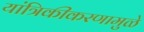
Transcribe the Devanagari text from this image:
यांत्रिकीकरणामुळे